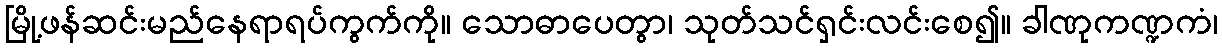
မြို့ဖန်ဆင်းမည်နေရာရပ်ကွက်ကို။ သောဓာပေတွာ၊ သုတ်သင်ရှင်းလင်းစေ၍။ ခါဏုကဏ္ဍကံ၊